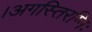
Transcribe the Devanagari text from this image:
।अगस्तिरग्निः